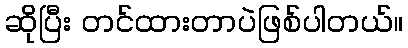
ဆိုပြီး တင်ထားတာပဲဖြစ်ပါတယ်။